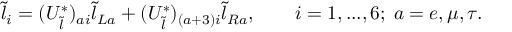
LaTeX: \tilde { l } _ { i } = ( U _ { \tilde { l } } ^ { * } ) _ { a i } \tilde { l } _ { L a } + ( U _ { \tilde { l } } ^ { * } ) _ { ( a + 3 ) i } \tilde { l } _ { R a } , \quad \quad i = 1 , . . . , 6 ; \; a = e , \mu , \tau .